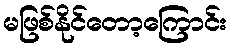
မဖြစ်နိုင်တော့ကြောင်း